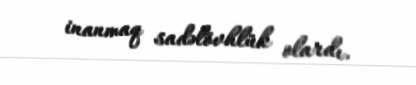
inanmaq sadəlövhlük olardı.